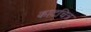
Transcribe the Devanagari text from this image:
काटचित्र